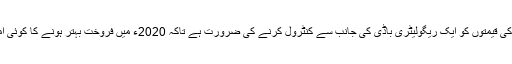
گاڑیوں کی قیمتوں کو ایک ریگولیٹری باڈی کی جانب سے کنٹرول کرنے کی ضرورت ہے تاکہ 2020ء میں فروخت بہتر ہونے کا کوئی امکان ہو۔